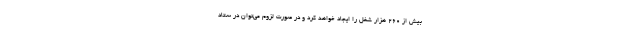
بیش از 260 هزار شغل را ایجاد خواهد کرد و در صورت لزوم می‌توان در ستاد